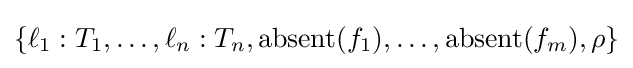
\{\ell _{1}:T_{1},\dots ,\ell _{n}:T_{n},{\text{absent}}(f_{1}),\dots ,{\text{absent}}(f_{m}),\rho \}